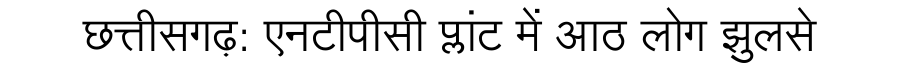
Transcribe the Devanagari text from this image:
छत्तीसगढ़: एनटीपीसी प्लांट में आठ लोग झुलसे